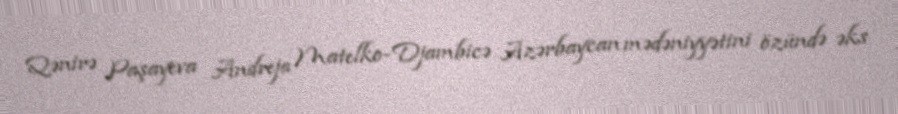
Qənirə Paşayeva Andreja Matelko-Djambicə Azərbaycan mədəniyyətini özündə əks